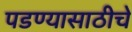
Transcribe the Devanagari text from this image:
पडण्यासाठीचे